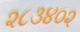
૨૮૩૪૦૨